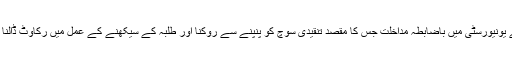
ریاستی کارکنوں کی طرف سے یونیورسٹی میں باضابطہ مداخلت جس کا مقصد تنقیدی سوچ کو پنپنے سے روکنا اور طلبہ کے سیکھنے کے عمل میں رکاوٹ ڈالنا تھا، بہت پریشان کن واقعہ ہے۔